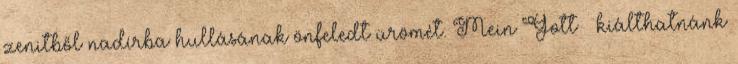
zenitből nadírba hullásának önfeledt ürömét. Mein Gott – kiálthatnánk